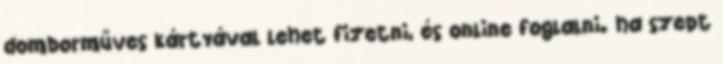
domborműves kártyával lehet fizetni, és online foglalni. ha szept